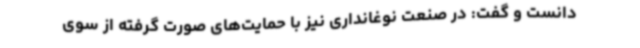
دانست و گفت: در صنعت نوغانداری نیز با حمایت‌های صورت گرفته از سوی